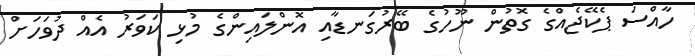
ހާއްސަ ޕެކޭޖެއްގެ ގޮތުން ނޫހުގެ ބޭރުގަނޑާއި އޮންލައިންގެ މުޅި ކަވަރު އެއް ދުވަހަށް